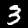
Digit: 3